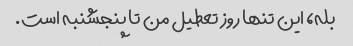
بله، این تنها روز تعطیل من تا پنجشنبه است.